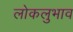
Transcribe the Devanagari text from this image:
लोकलुभाव